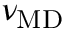
\nu _ { \mathrm { M D } }